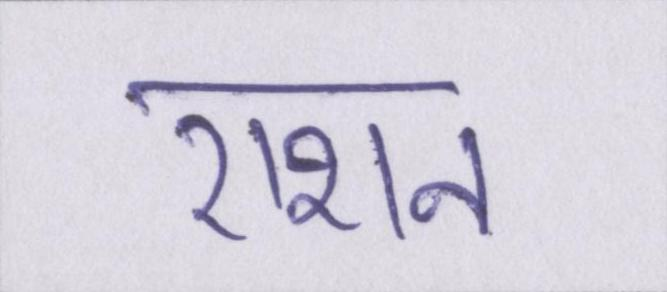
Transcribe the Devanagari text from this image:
राशन